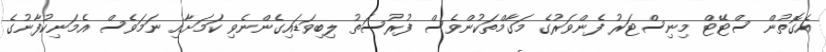
އެގޮތުން ސްޓޭޓް މިނިސްޓަރު ފެންވަރުގެ މަގާމްތަކުންވެސް ފުރުސަތު ލިބިވަޑައިގެންނެވި ކަމަށާއި ނަމަވެސް އެމަނިކުފާނުގެ